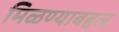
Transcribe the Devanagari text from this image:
मिळण्याबद्दल